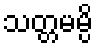
သတ္တမမ္ပိ